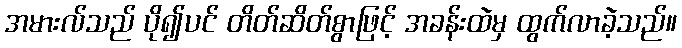
အမားလ်သည် ပို၍ပင် တိတ်ဆိတ်စွာဖြင့် အခန်းထဲမှ ထွက်လာခဲ့သည်။